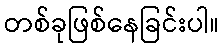
တစ်ခုဖြစ်နေခြင်းပါ။